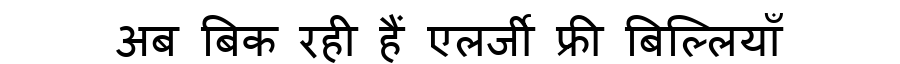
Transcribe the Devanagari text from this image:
अब बिक रही हैं एलर्जी फ्री बिल्लियाँ